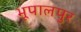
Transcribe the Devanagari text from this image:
भूपालपुर